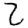
Digit: 2